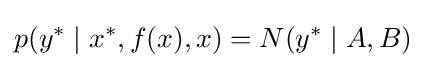
p(y^{*}\mid x^{*},f(x),x)=N(y^{*}\mid A,B)